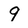
Character: 9